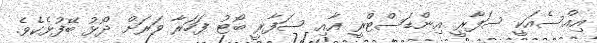
އިއްސެއަކީ ސަފާރީ އިންޑަސްޓްރީ އާއި ސަފާރީ ބޯޓު ފަހަރާ ވަރަށް ދޯޅު ބޭފުޅެކެވެ.